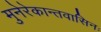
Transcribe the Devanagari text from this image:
मुनेरेकान्तवासिनः